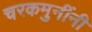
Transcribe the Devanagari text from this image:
चरकमुनींनी